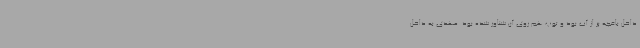
داخل باغچه پر از آب بود و توپ هم روی آن شناور شده بود. مهدی به داخل